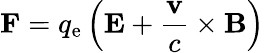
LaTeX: \mathbf{F}=q_{\mathrm{e}}\left(\mathbf{E}+{\frac{\mathbf{v}}{c}}\times\mathbf{B}\right)